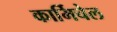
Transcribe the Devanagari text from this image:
कार्मिचेल